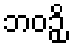
ဘဝဉှိ